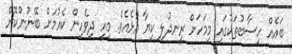
ބައެއް ހިސާބުތަކުގައި މިމަހަށް ރީނދުލި ކިޔާ އުޅެއެވެ. މިއީ ދިވެހިން ކެއުމަށް ބޭނުންކޮށް